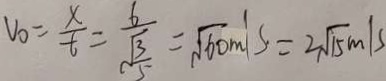
V _ { 0 } = \frac { x } { t } = \frac { b } { \sqrt { \frac { 3 } { 5 } } } = \sqrt { 6 0 } m / s = 2 \sqrt { 1 5 } m / s